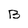
Character: B